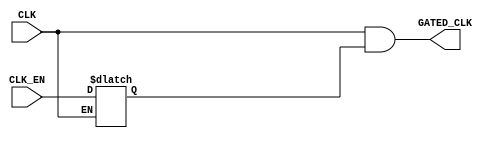
module CLK_GATE (
input      CLK_EN,
input      CLK,
output     GATED_CLK
);


//internal signals
reg     Latch_Out ;


always @(CLK or CLK_EN) begin

    if(!CLK) begin

        Latch_Out <= CLK_EN ;

    end
end 

assign  GATED_CLK = CLK && Latch_Out ;

/*



TLATNCAX12M U0_TLATNCAX12M (
.E(CLK_EN),
.CK(CLK),
.ECK(GATED_CLK)
);

*/




endmodule